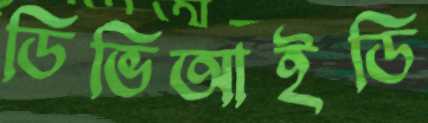
ডিভিআইডি